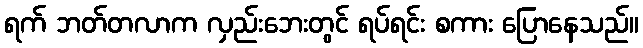
ရက် ဘတ်တလာက လှည်းဘေးတွင် ရပ်ရင်း စကား ပြောနေသည်။